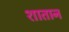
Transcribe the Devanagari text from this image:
शातान